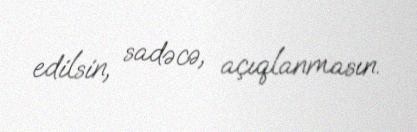
edilsin, sadəcə, açıqlanmasın.